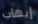
إيهاب